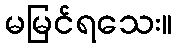
မမြင်ရသေး။